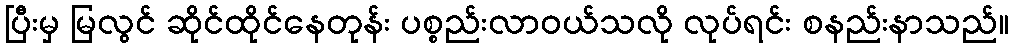
ပြီးမှ မြလွင် ဆိုင်ထိုင်နေတုန်း ပစ္စည်းလာဝယ်သလို လုပ်ရင်း စနည်းနာသည်။